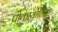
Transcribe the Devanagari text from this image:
प्रोकार्योटिक